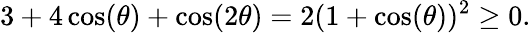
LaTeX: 3+4\cos(\theta)+\cos(2\theta)=2(1+\cos(\theta))^{2}\geq 0.